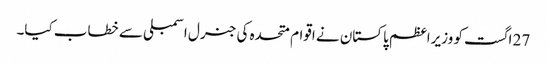
27 اگست کو وزیراعظم پاکستان نے اقوام متحدہ کی جنرل اسمبلی سے خطاب کیا۔